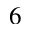
^ 6